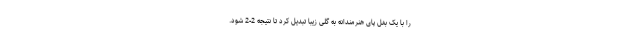
را با یک بغل پای هنرمندانه به گلی زیبا تبدیل کرد تا نتیجه 2-2 شود.